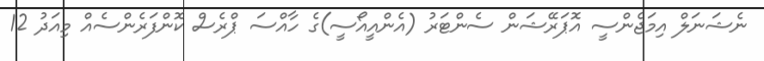
ނެޝަނަލް އިމަޖެންސީ އޮޕަރޭޝަން ސެންޓަރު (އެންއީއޯސީ)ގެ ހާއްސަ ޕްރެސް ކޮންފަރެންސެއް މިއަދު 12